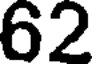
62